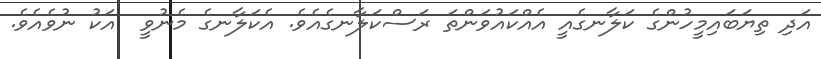
އަދި ތިޔަބައިމީހުންގެ ކަލާނގެއީ އެއްކައުވަންތަ ރަސްކަލާނގެއެވެ. އެކަލާނގެ މެނުވީ  އަކު ނުވެއެވެ.